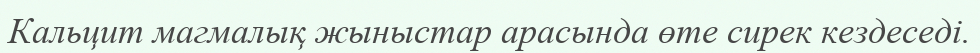
Кальцит магмалық жыныстар арасында өте сирек кездеседі.